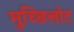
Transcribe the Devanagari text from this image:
मुच्छिलोट